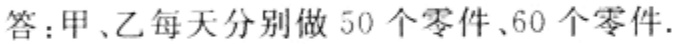
答：甲、乙每天分别做 50 个零件、60 个零件.